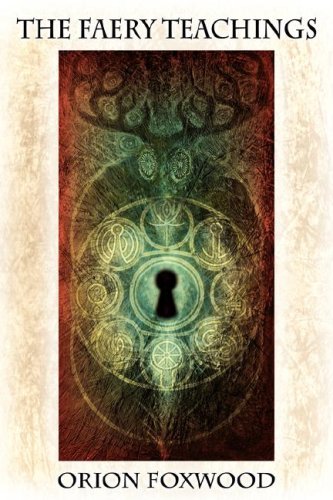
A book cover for The Faery Teachings; Orion Foxwood; Religion & Spirituality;